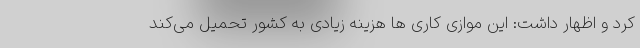
کرد و اظهار داشت: این موازی کاری ها هزینه زیادی به کشور تحمیل می‌کند